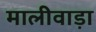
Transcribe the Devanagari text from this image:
मालीवाड़ा